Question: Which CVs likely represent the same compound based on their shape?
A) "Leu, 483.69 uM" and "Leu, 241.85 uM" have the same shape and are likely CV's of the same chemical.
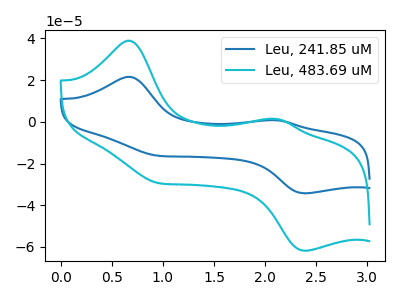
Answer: <think>The blue curve "Leu, 241.85 uM" has anodic peaks at (0.65V, 21.60uA) (2.10V, 0.75uA) and cathodic peaks at (0.95V, -16.15uA) (2.40V, -34.30uA). The cyan curve "Leu, 483.69 uM" has anodic peaks at (0.65V, 38.90uA) (2.10V, 1.40uA) and cathodic peaks at (0.95V, -29.15uA) (2.40V, -61.80uA).
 All the peaks in "Leu, 241.85 uM" have a peak in "Leu, 483.69 uM" at the same potential. Every peak in "Leu, 241.85 uM" is lower than every peak in "Leu, 483.69 uM".</think>
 <answer>A) "Leu, 483.69 uM" and "Leu, 241.85 uM" have the same shape and are likely CV's of the same chemical.</answer>
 <eval>A</eval>